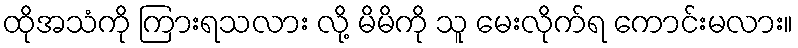
ထိုအသံကို ကြားရသလား လို့ မိမိကို သူ မေးလိုက်ရ ကောင်းမလား။